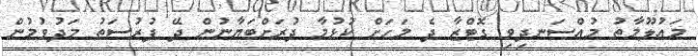
މައުލޫމާތު މުއްސަނދިވި ގޮޓްޒާ ދެ މަހަށް ކުޅުމާ ދުރަށްބަޔާނުން ދޭ ފުރުސަތު މަދުވުމުން